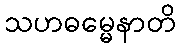
သဟဓမ္မေနာတိ